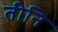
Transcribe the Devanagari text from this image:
तीनि